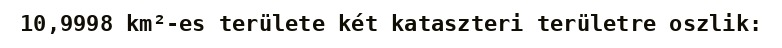
10,9998 km²-es területe két kataszteri területre oszlik: